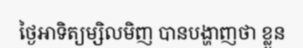
ថ្ងៃអាទិត្យម្សិលមិញ បានបង្ហាញថា ខ្លួន